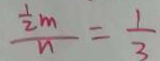
\frac { \frac { 1 } { 2 } m } { n } = \frac { 1 } { 3 }